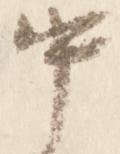
中